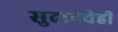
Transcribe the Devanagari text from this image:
सुदानचेही